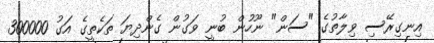
އިނގިރޭސި ވިލާތުގެ "ސަން" ނޫހުން ބުނީ ވަގުން ގެންދިޔަ ތަކެތީގެ އަގު 300000